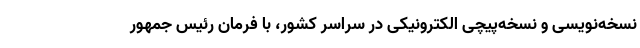
نسخه‌نویسی و نسخه‌پیچی الکترونیکی در سراسر کشور، با فرمان رئیس جمهور